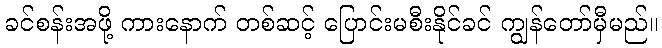
ခင်စန်းအဖို့ ကားနောက် တစ်ဆင့် ပြောင်းမစီးနိုင်ခင် ကျွန်တော်မှီမည်။